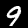
Label: 9